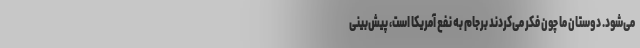
می‌شود. دوستان ما چون فکر می‌کردند برجام به نفع آمریکا است، پیش‌بینی